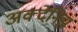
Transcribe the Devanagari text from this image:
अक्देनिझ